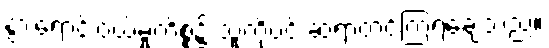
နွားရောင်းဝယ်မှုကိစ္စ၌ သူ့ကိုပင် ဆရာတင်ကြရချေသည်။